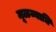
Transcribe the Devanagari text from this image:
मूळव्याधि